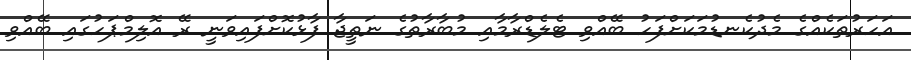
އަހަރުތަކެއްގެ މެދުކެނޑުމަކަށްފަހު ބޭއްވި ޓެލެޑްރާމާއި މުބާރާތުގެ ނަތީޖާ ފާޅުކޮށްފައިވަނީ ރޭ އޮލިމްޕަހުގައި ބޭއްވި